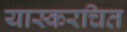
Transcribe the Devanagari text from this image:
यास्करचित